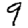
Digit: 9